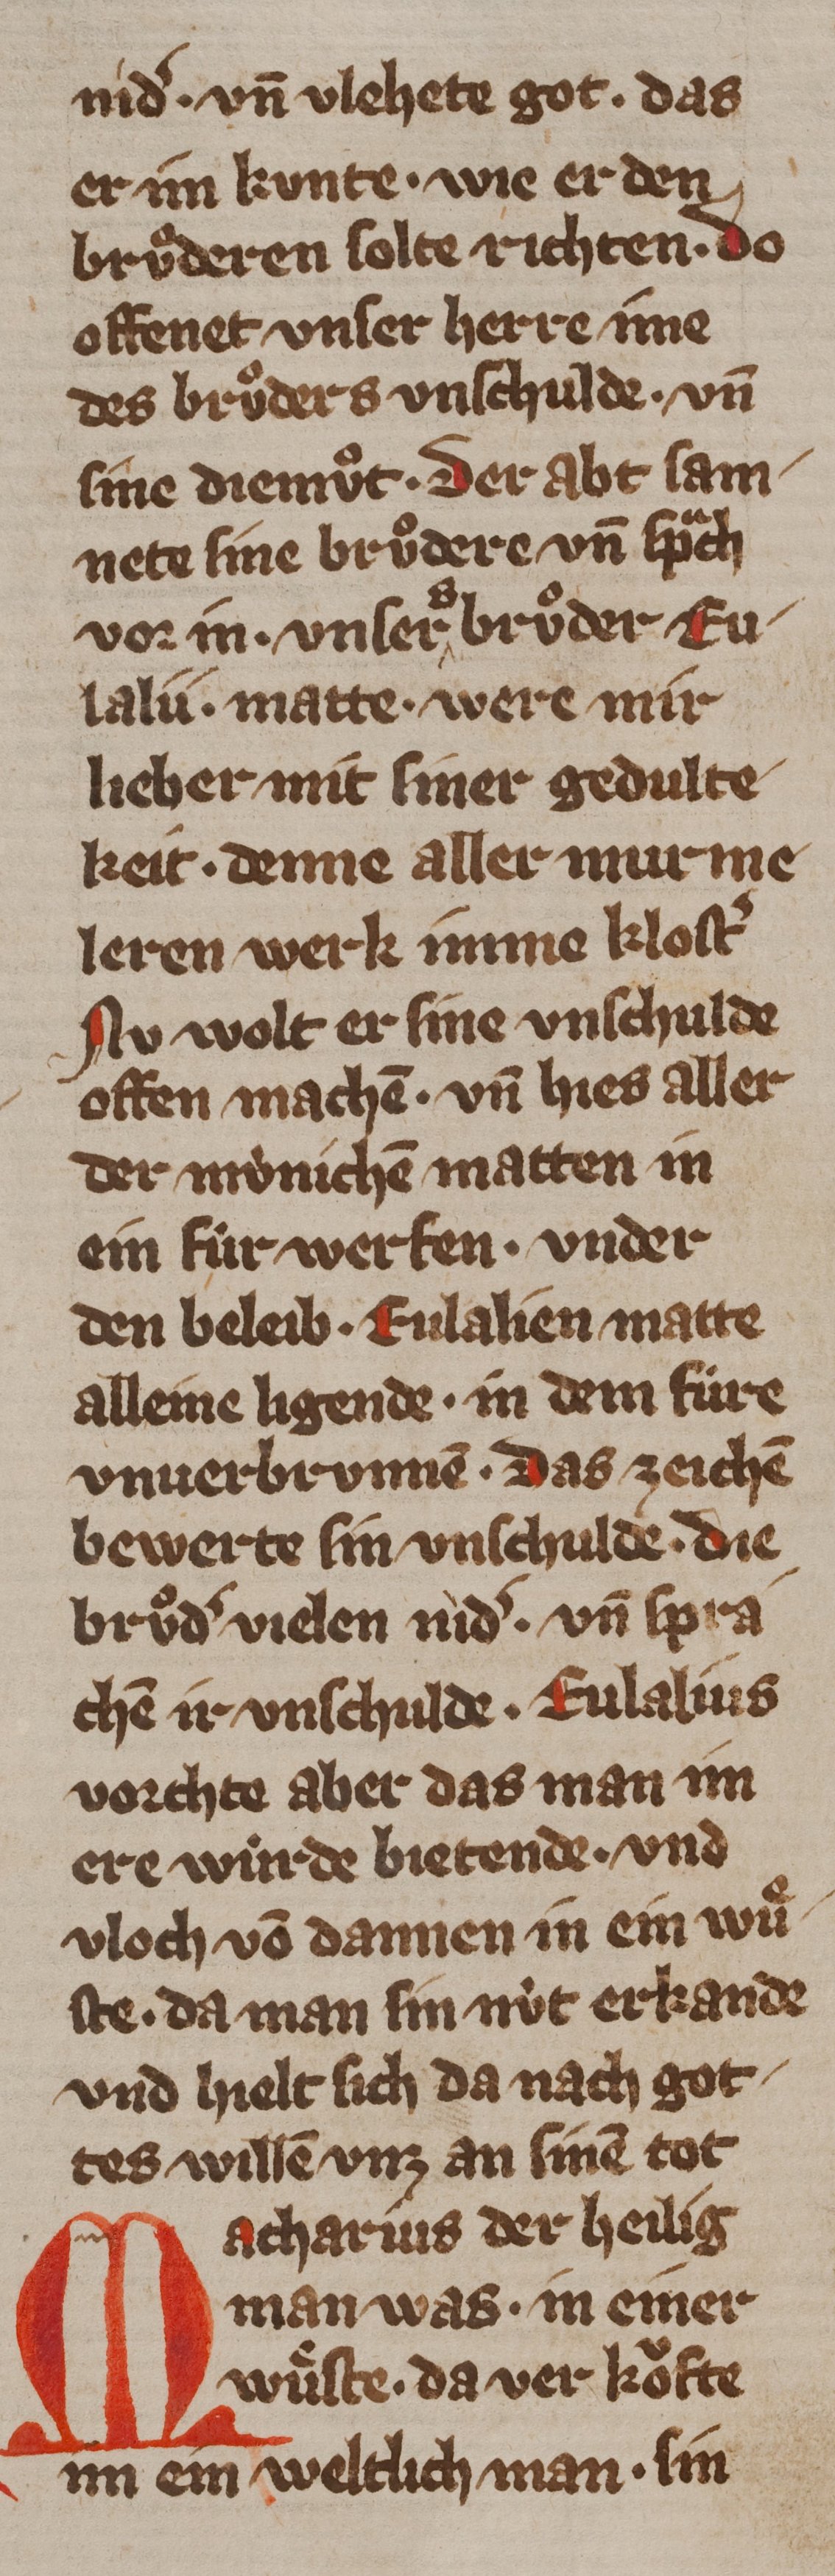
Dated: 1355–1385